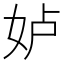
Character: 𱙋